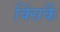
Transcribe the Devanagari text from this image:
क्सिंकैं